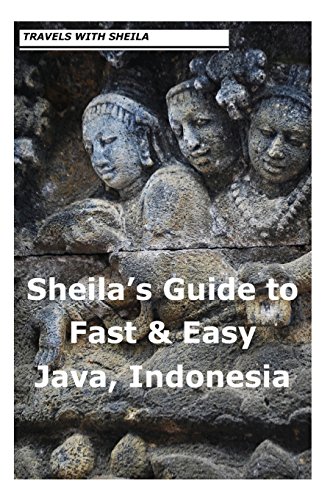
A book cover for Sheila's Guide to Fast & Easy Java, Indonesia (Sheila's Guides); Sheila Simkin; Travel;